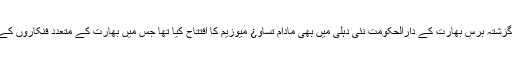
میوزیم انتظامیہ نے گزشتہ برس بھارت کے دارالحکومت نئی دہلی میں بھی مادام تساو¿ میوزیم کا افتتاح کیا تھا جس میں بھارت کے متعدد فنکاروں کے مجسمے نصب ہیں۔